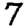
Digit: 7